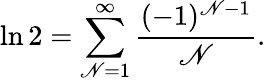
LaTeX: \ln2=\sum_{\mathscr{N}=1}^{\infty}{\frac{{(-1)^{\mathscr{N}-1}}}{{\mathscr{N}}}}.